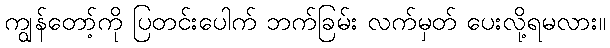
ကျွန်တော့်ကို ပြတင်းပေါက် ဘက်ခြမ်း လက်မှတ် ပေးလို့ရမလား။